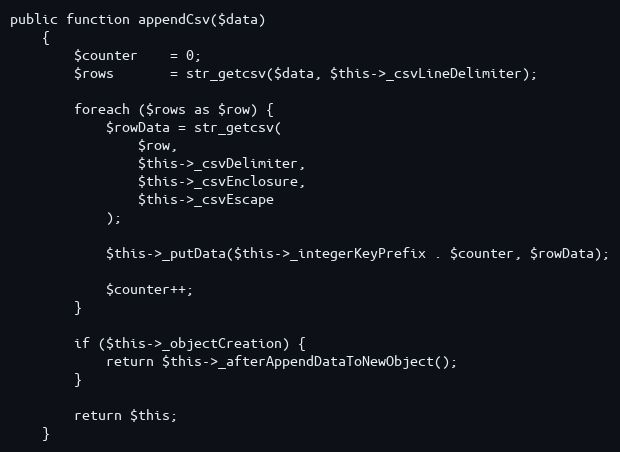
Language: PHP
public function appendCsv($data)
    {
        $counter    = 0;
        $rows       = str_getcsv($data, $this->_csvLineDelimiter);

        foreach ($rows as $row) {
            $rowData = str_getcsv(
                $row,
                $this->_csvDelimiter,
                $this->_csvEnclosure,
                $this->_csvEscape
            );

            $this->_putData($this->_integerKeyPrefix . $counter, $rowData);

            $counter++;
        }

        if ($this->_objectCreation) {
            return $this->_afterAppendDataToNewObject();
        }

        return $this;
    }